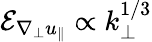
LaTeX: \mathcal{E}_{\nabla_{\perp}u_{\| }}\propto k_{\perp}^{1/3}